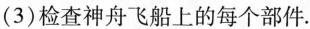
(3)检查神舟飞船上的每个部件。